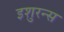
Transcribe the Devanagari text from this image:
इशुरन्स